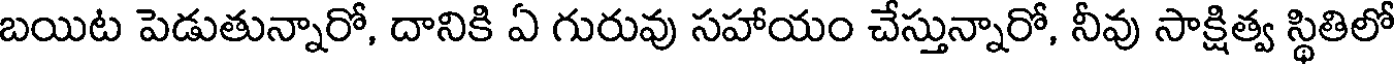
బయిట పెడుతున్నారో, దానికి ఏ గురువు సహాయం చేస్తున్నారో, నీవు సాక్షిత్వ స్థితిలో